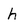
Character: h